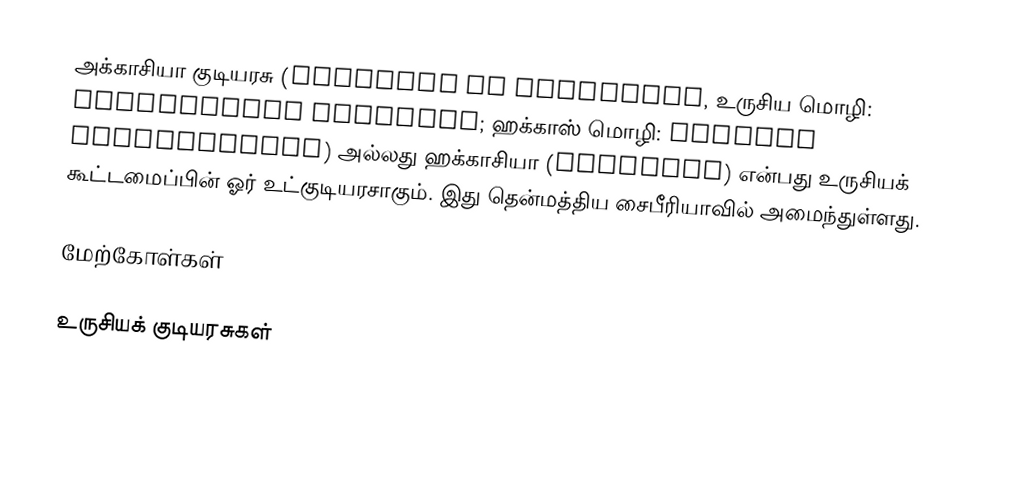
அக்காசியா குடியரசு (Republic of Khakassia, உருசிய மொழி: Респу́блика Хака́сия; ஹக்காஸ் மொழி: Хакасия Республиказы) அல்லது ஹக்காசியா (Хака́сия) என்பது உருசியக் கூட்டமைப்பின் ஓர் உட்குடியரசாகும். இது தென்மத்திய சைபீரியாவில் அமைந்துள்ளது.

மேற்கோள்கள்

உருசியக் குடியரசுகள்